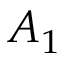
A _ { 1 }